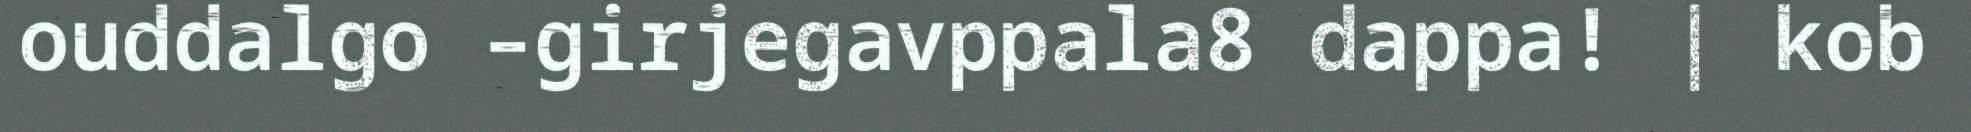
ouddalgo –girjegavppala8 dappa! | kob